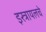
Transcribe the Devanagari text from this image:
इस्त्रायलचे